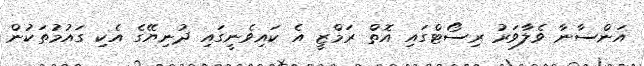
އަންސާނާ ވެލާވަރު ރިސޯޓްގައި އޮތް ރަމްޒީ އެ ކައިވެނީގައި ދުނިޔޭގެ އެކި ގައުމުތަކުން